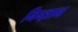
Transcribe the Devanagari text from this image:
निन्ज्ञान